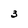
Character: 3